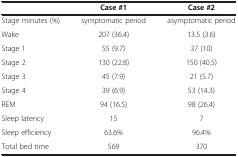
<table><thead><tr><td><b> </b></td><td><b>Case #1</b></td><td><b>Case #2</b></td></tr></thead><tbody><tr><td>Stage minutes (%)</td><td>symptomatic period</td><td>asymptomatic period</td></tr><tr><td>Wake</td><td>207 (36.4)</td><td>13.5 (3.6)</td></tr><tr><td>Stage 1</td><td>55 (9.7)</td><td>37 (10)</td></tr><tr><td>Stage 2</td><td>130 (22.8)</td><td>150 (40.5)</td></tr><tr><td>Stage 3</td><td>45 (7.9)</td><td>21 (5.7)</td></tr><tr><td>Stage 4</td><td>39 (6.9)</td><td>53 (14.3)</td></tr><tr><td>REM</td><td>94 (16.5)</td><td>98 (26.4)</td></tr><tr><td>Sleep latency</td><td>15</td><td>7</td></tr><tr><td>Sleep efficiency</td><td>63.6%</td><td>96.4%</td></tr><tr><td>Total bed time</td><td>569</td><td>370</td></tr></tbody></table>